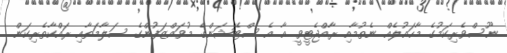
ނޫސްވެރިކަމުގެ މާހައުލެއް ނެތުމާއި ރާއްޖެޓީވީ އާ އެ ސްޓޭޝަންގެ މުވައްޒަފުންގެ ސަލާމަތާއި ރައްކާތެރިކަން